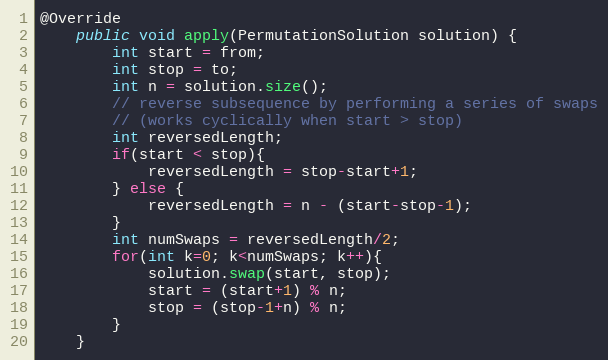
Language: Java
@Override
    public void apply(PermutationSolution solution) {
        int start = from;
        int stop = to;
        int n = solution.size();
        // reverse subsequence by performing a series of swaps
        // (works cyclically when start > stop)
        int reversedLength;
        if(start < stop){
            reversedLength = stop-start+1;
        } else {
            reversedLength = n - (start-stop-1);
        }
        int numSwaps = reversedLength/2;
        for(int k=0; k<numSwaps; k++){
            solution.swap(start, stop);
            start = (start+1) % n;
            stop = (stop-1+n) % n;
        }
    }